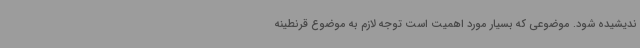
ندیشیده شود. موضوعی که بسیار مورد اهمیت است توجه لازم به موضوع قرنطینه